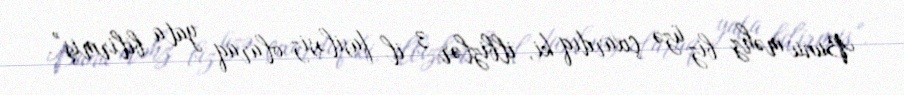
Bunu məhz biz üzə çıxardıq ki, ilbizlər 3 il fasiləsiz olaraq yata bilirmiş”.